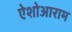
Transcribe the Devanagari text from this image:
ऐशोआराम